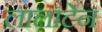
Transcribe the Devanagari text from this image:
लालाटेन